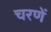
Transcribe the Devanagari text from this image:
चरणें